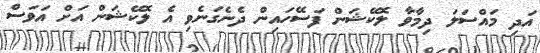
އަދި މައްސަލަ ދިމާވާ ލޮކޭޝަން ފަސޭހައިން ދެނެގަނެވި އެ ލޮކޭޝަން އަށް އަވަސް